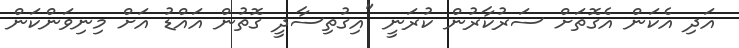
އަދި އެކަން އެގޮތަށް ސަރުކާރުން ކުރަނީ "އިގުތިސާދީ ގޮތުން އައްޑު އަށް މިނިވަންކަން